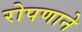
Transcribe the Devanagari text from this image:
रोपणाने